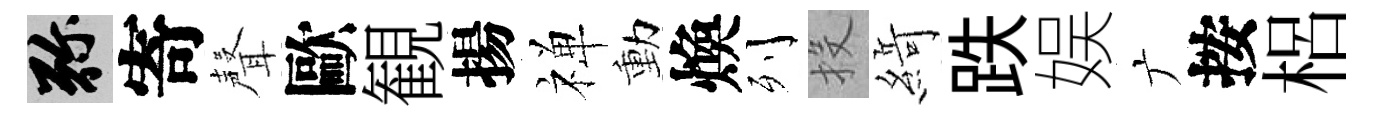
弥寄聲歐観揚禅動煥列投𦂶跌娱广按梠